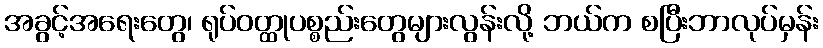
အခွင့်အရေးတွေ၊ ရုပ်ဝတ္ထုပစ္စည်းတွေများလွန်းလို့ ဘယ်က စပြီးဘာလုပ်မှန်း